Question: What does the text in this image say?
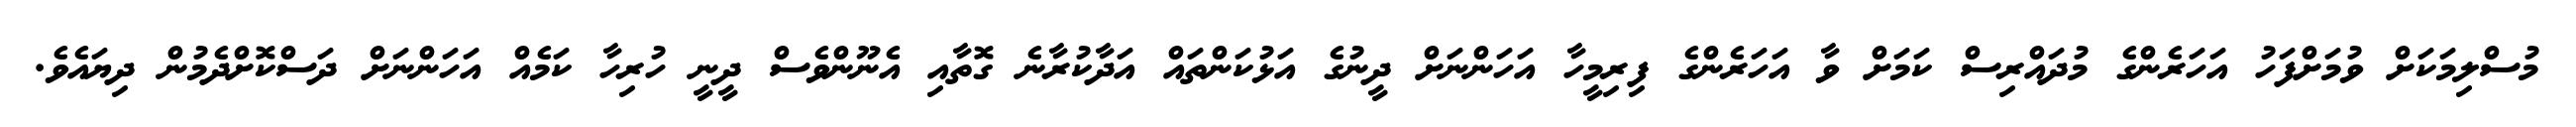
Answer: މުސްލިމަކަށް ވުމަށްފަހު އަހަރެންގެ މުދައްރިސް ކަމަށް ވާ އަހަރެންގެ ފިރިމީހާ އަހަންނަށް ދީނުގެ އަޅުކަންތައް އަދާކުރާނެ ގޮތާއި އެނޫންވެސް ދީނީ ހުރިހާ ކަމެއް އަހަންނަށް ދަސްކޮށްދެމުން ދިޔައެވެ.